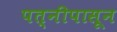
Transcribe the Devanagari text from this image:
पत्‍नीपासून